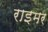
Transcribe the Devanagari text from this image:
राइमर